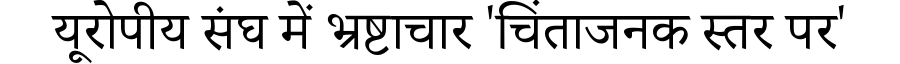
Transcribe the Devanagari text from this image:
यूरोपीय संघ में भ्रष्टाचार 'चिंताजनक स्तर पर'